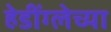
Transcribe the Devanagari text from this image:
हेडींग्लेच्या